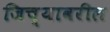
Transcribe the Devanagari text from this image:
जिच्यावरील